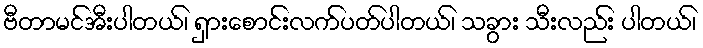
ဗီတာမင်အီးပါတယ်၊ ရှားစောင်းလက်ပတ်ပါတယ်၊ သခွား သီးလည်း ပါတယ်၊